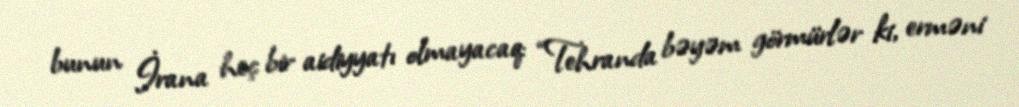
bunun İrana heç bir aidiyyatı olmayacaq: “Tehranda bəyəm görmürlər ki, erməni